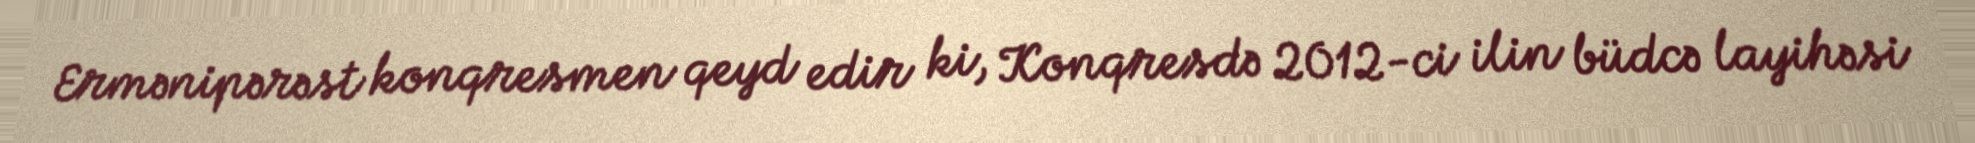
Ermənipərəst konqresmen qeyd edir ki, Konqresdə 2012-ci ilin büdcə layihəsi